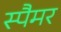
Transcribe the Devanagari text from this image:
स्पैमर